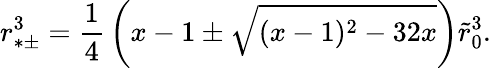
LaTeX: r_{*\pm}^{3}={\frac{1}{4}}\left(x-1\pm\sqrt{(x-1)^{2}-32x}\right)\tilde{r}_{0}^{3}.